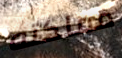
مملكته